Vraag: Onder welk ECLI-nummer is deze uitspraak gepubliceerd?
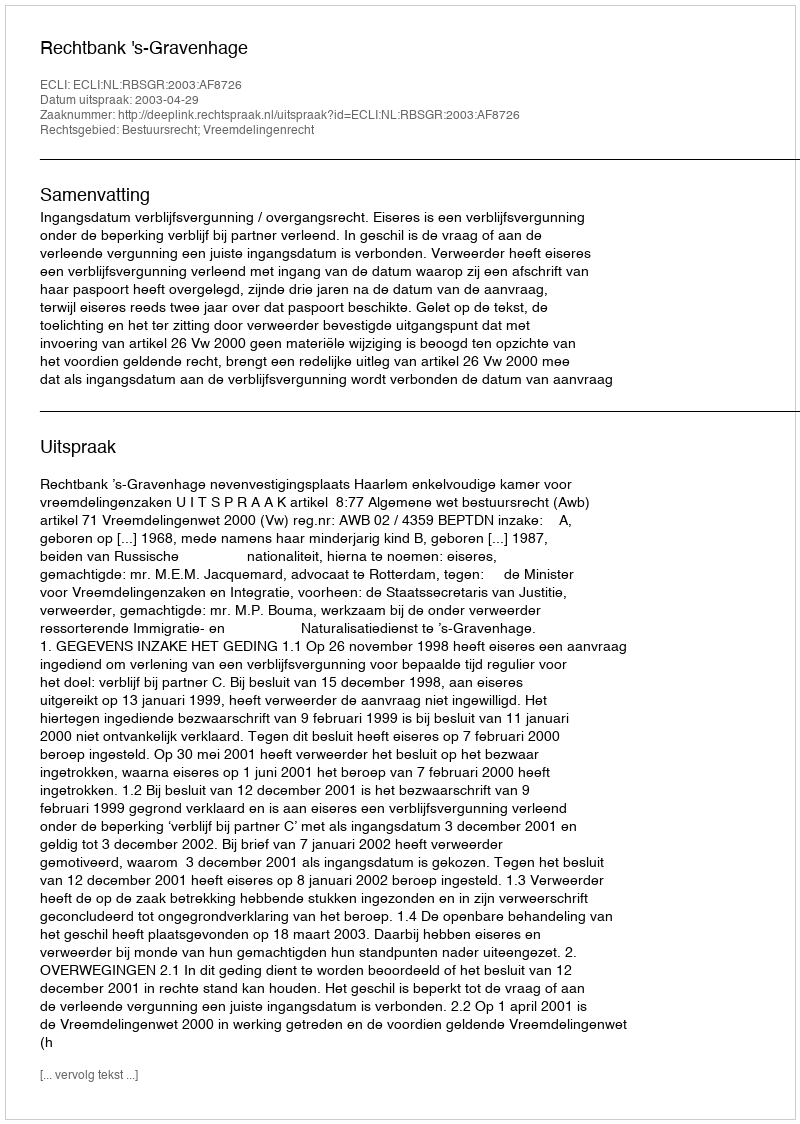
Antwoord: ECLI:NL:RBSGR:2003:AF8726